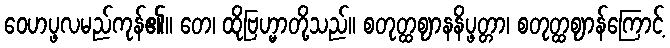
ဝေဟပ္ဖလမည်ကုန်၏။ တေ၊ ထိုဗြဟ္မာတို့သည်။ စတုတ္ထဈာနနိပ္ဖတ္တာ၊ စတုတ္ထဈာန်ကြောင့်